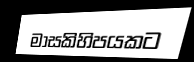
මාසකිහිපයකට